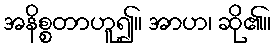
အနိစ္စတာဟူ၍။ အာဟ၊ ဆို၏။